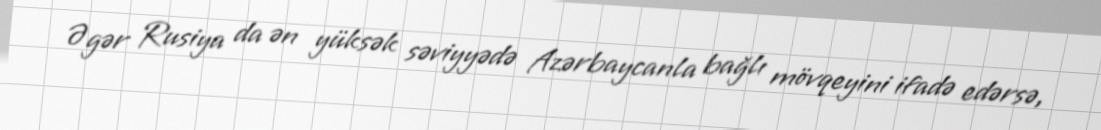
Əgər Rusiya da ən yüksək səviyyədə Azərbaycanla bağlı mövqeyini ifadə edərsə,